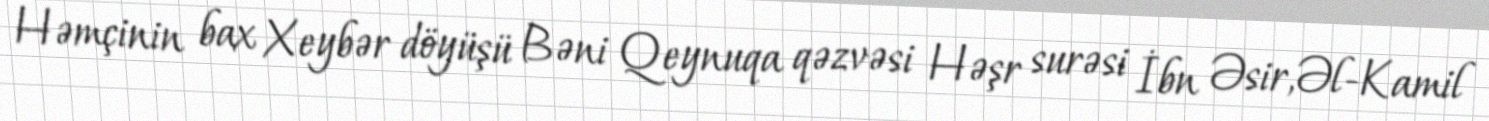
Həmçinin bax Xeybər döyüşü Bəni Qeynuqa qəzvəsi Həşr surəsi İbn Əsir,Əl-Kamil